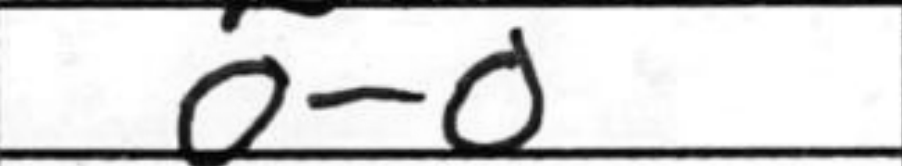
Transcription: O-O